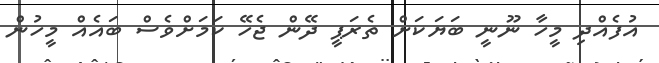
އުފެއްދި މީހާ ނޫނީ ބަޔަކަށް ތެރަޕީ ދޭން ޖެހޭ ކަމަށްވެސް ބައެއް މީހުން